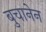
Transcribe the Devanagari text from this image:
बुचानेन